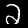
Digit: 2